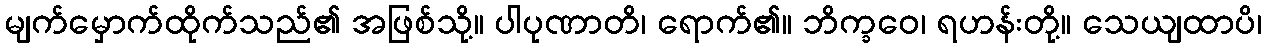
မျက်မှောက်ထိုက်သည်၏ အဖြစ်သို့။ ပါပုဏာတိ၊ ရောက်၏။ ဘိက္ခဝေ၊ ရဟန်းတို့။ သေယျထာပိ၊